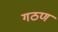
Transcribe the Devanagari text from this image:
गठण